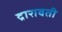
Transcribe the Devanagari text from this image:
द्रारावती